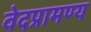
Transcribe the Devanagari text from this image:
वेदप्रामण्य